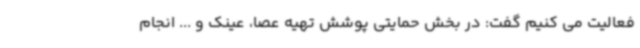
فعالیت می کنیم گفت: در بخش حمایتی پوشش تهیه عصا، عینک و ... انجام